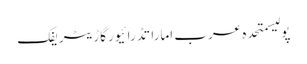
پولیسمتحدہ عرب اماراتڈرائیورگاڑیٹریفک